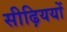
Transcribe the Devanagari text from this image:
सीढ़िययों